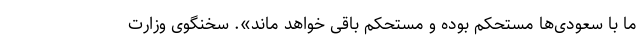
ما با سعودی‌ها مستحکم بوده و مستحکم باقی خواهد ماند». سخنگوی وزارت